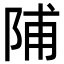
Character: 陠